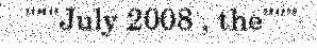
"""July 2008 , the"""